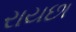
રાયછા